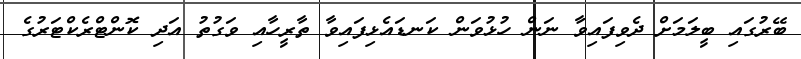
ބޭރުގައި ބީލަމަށް ދެވިފައިވާ ނަން ހުޅުވަން ކަނޑައެޅިފައިވާ ތާރީހާއި ވަގުތު އަދި ކޮންޓްރެކްޓަރުގެ